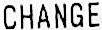
CHANGE